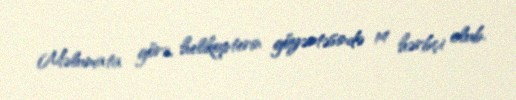
Məlumata görə, helikopterin göyərtəsində 14 hərbçi olub.